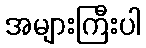
အများကြီးပါ